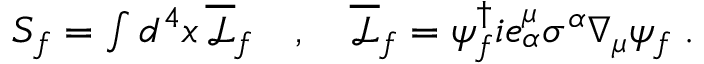
\begin{array} { r } { S _ { f } = \int d ^ { 4 } x \, \overline { { \mathcal { L } } } _ { f } \quad , \quad \overline { { \mathcal { L } } } _ { f } = \psi _ { f } ^ { \dagger } i e _ { \alpha } ^ { \mu } \sigma ^ { \alpha } \nabla _ { \mu } \psi _ { f } \; . } \end{array}